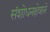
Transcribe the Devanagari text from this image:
संशोधनक्षेत्राने